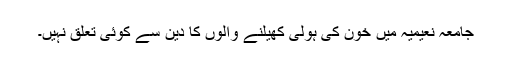
جامعہ نعیمیہ میں خون کی ہولی کھیلنے والوں کا دین سے کوئی تعلق نہیں۔